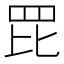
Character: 𦊁